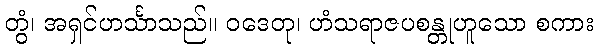
တွံ၊ အရှင်ဟင်္သာသည်။ ဝဒေတု၊ ဟံသရာဇပစန္တုဟူသော စကား